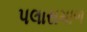
પલાસમાળ